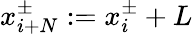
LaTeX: x_{i+N}^{\pm}:=x_{i}^{\pm}+L